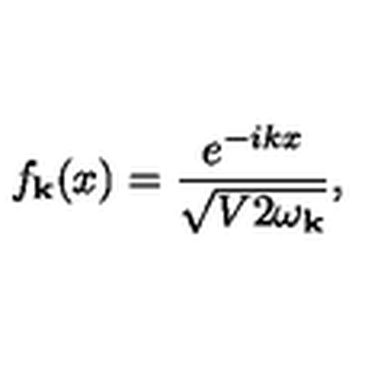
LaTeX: f _ { { \bf k } } ( x ) = \frac { e ^ { - i k x } } { \sqrt { V 2 \omega _ { { \bf k } } } } ,